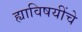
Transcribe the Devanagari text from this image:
ह्याविषयींचे